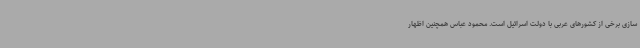
سازی برخی از کشورهای عربی با دولت اسرائیل است. محمود عباس همچنین اظهار